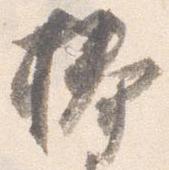
捧